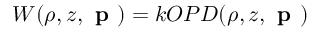
W ( \rho , z , \textbf { p } ) = k O P D ( \rho , z , \textbf { p } )